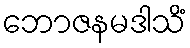
ဘောဇနမဒါသိံ